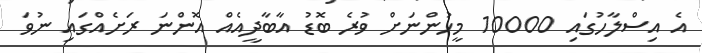
އެ އިސްލާހުގައި 10000 މީހުންނަށް ވުރެ ބޮޑު އާބާދީއެއް އޮންނަ ރަށެއްގައި ނުވަ